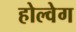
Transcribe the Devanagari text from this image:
होल्वेग